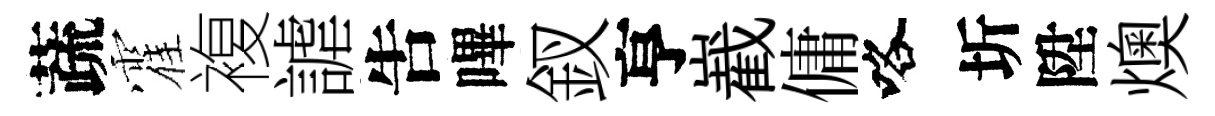
蔬霍複謔吿嗶釵亨嶻傭咯圻陞燠